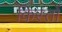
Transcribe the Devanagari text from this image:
किस्‍तों